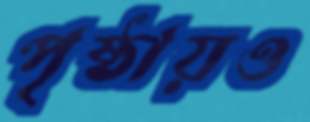
পৃষ্ঠায়ও